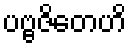
ပဗ္ဗဇိတေဟိ